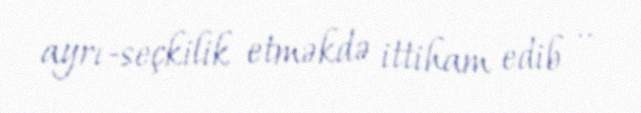
ayrı-seçkilik etməkdə ittiham edib ..